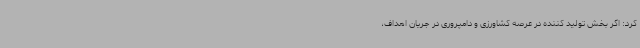
کرد: اگر بخش تولید کننده در عرصه کشاورزی و دامپروری در جریان اهداف،